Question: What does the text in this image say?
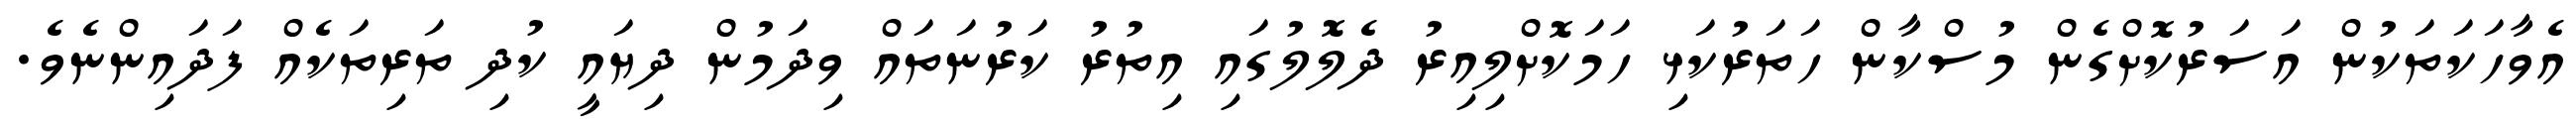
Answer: އެވާހަކަތަކުން އަސަރުކޮށްގެން މުސްކާން ހަތަރުކަޅި ހަމަކޮށްލިއިރު ދެލޮލުގައި އިތުރު ކަރުނަތައް ވިދަމުން ދިޔައީ ކުދި ތަރިތަކެއް ފަދައިންނެވެ.